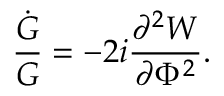
\frac { \dot { G } } { G } = - 2 i \frac { \partial ^ { 2 } W } { \partial \Phi ^ { 2 } } .